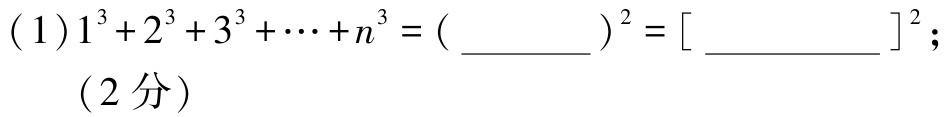
(1)$1^{3}+2^{3}+3^{3}+\cdots +n^{3}=(\underline{\qquad\qquad})^{2}=[\underline{\qquad\qquad}]^{2}$; （2分）